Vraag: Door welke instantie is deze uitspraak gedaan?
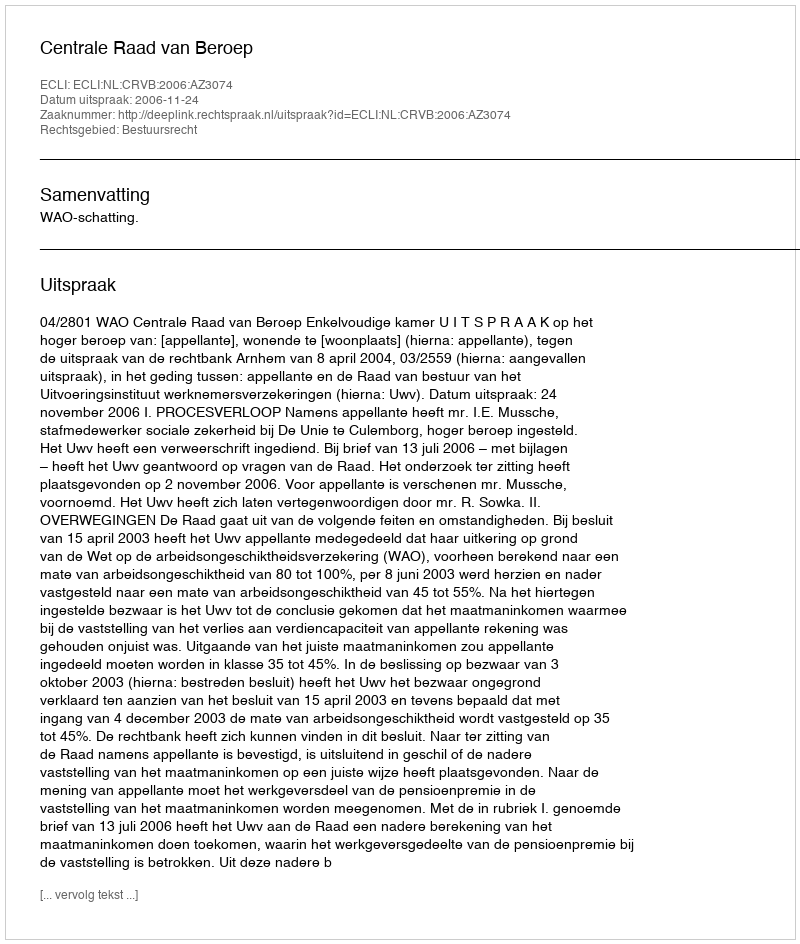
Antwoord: Centrale Raad van Beroep